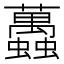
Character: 䘍